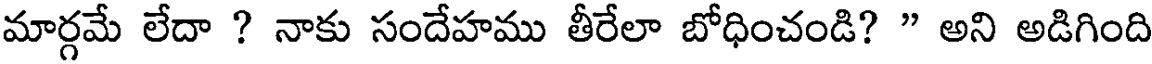
మార్గమే లేదా ? నాకు సందేహము తీరేలా బోధించండి? " అని అడిగింది